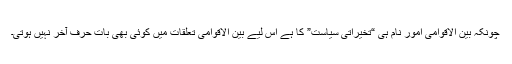
چونکہ بین الاقوامی امور نام ہی “تخیراتی سیاست” کا ہے اس لیے بین الاقوامی تعلقات میں کوئی بھی بات حرف آخر نہیں ہوتی۔